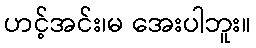
ဟင့်အင်း၊မ အေးပါဘူး။